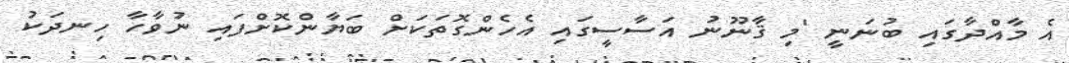
އެ މާއްދާގައި ބުނަނީ 'މި ޤާނޫނު އަސާސީގައި އެހެންގޮތަކަށް ބަޔާންކޮށްފައި ނުވާހާ ހިނދަކު